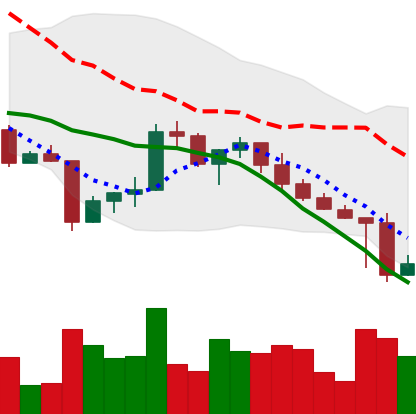
Ticker: XRP-USD
Chart end date: 2022-04-27
Forward return: -5.833%
Label: down_5_7